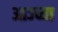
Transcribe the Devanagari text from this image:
आज्च्या